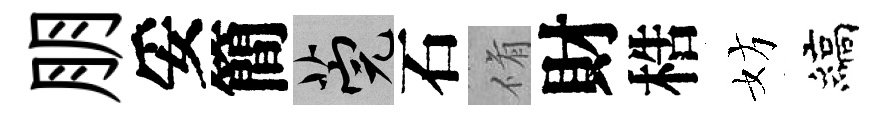
朋妥簡筦石脩財梏妨縞